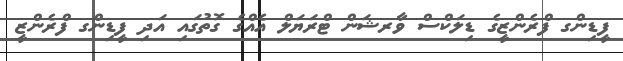
ފީޑިންގ ފްރެންޒީގެ ޑިލަކްސް ވާރޝަން ޓްރަޔަލް އެއްގެ ގޮތުގައި އަދި ފީޑިންގ ފްރެންޒީ